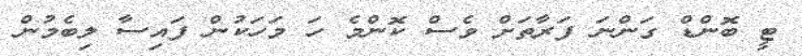
ޓީ ބޮންޑް ގަންނަ ފަރާތަށް ވެސް ކޮންމެ ހަ މަހަކުން ފައިސާ ލިބެމުން